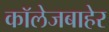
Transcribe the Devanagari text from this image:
कॉलेजबाहेर